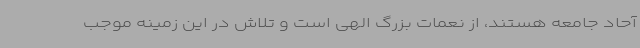
آحاد جامعه هستند، از نعمات بزرگ الهی است و تلاش در این زمینه موجب